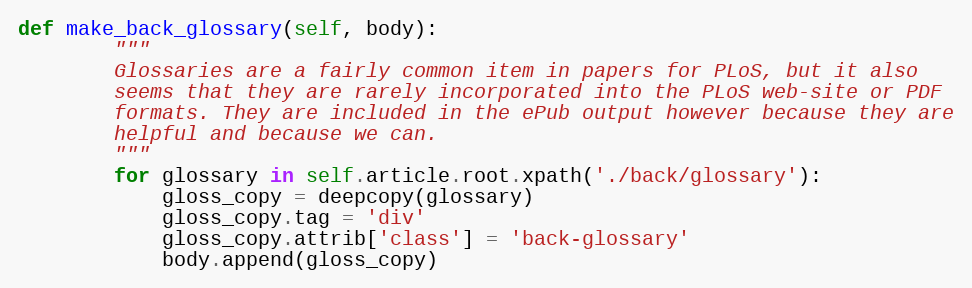
Language: Python
def make_back_glossary(self, body):
        """
        Glossaries are a fairly common item in papers for PLoS, but it also
        seems that they are rarely incorporated into the PLoS web-site or PDF
        formats. They are included in the ePub output however because they are
        helpful and because we can.
        """
        for glossary in self.article.root.xpath('./back/glossary'):
            gloss_copy = deepcopy(glossary)
            gloss_copy.tag = 'div'
            gloss_copy.attrib['class'] = 'back-glossary'
            body.append(gloss_copy)